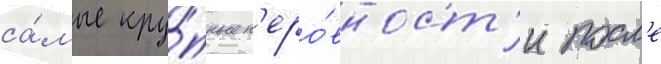
са́мые кру́пные н'еро́вност'и посл'е